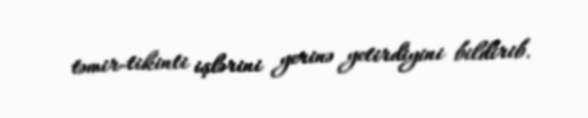
təmir-tikinti işlərini yerinə yetirdiyini bildirib.